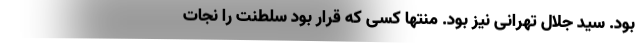
بود. سید جلال تهرانی نیز بود. منتها کسی که قرار بود سلطنت را نجات